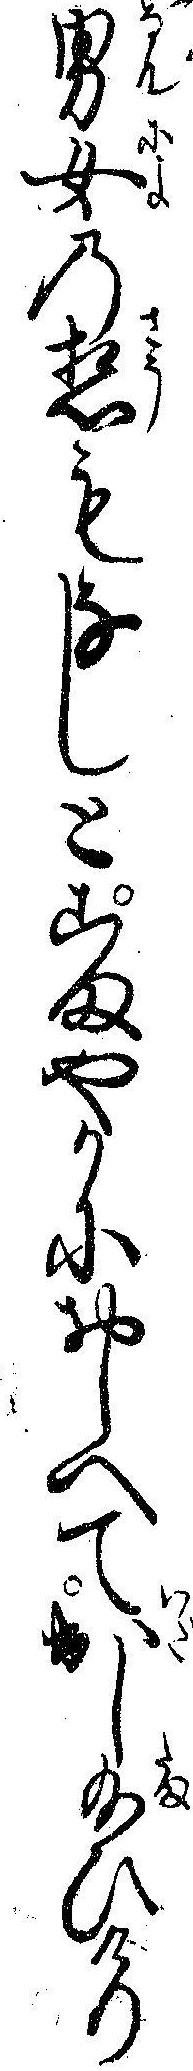
男女の想もなしとこまやかにおしへて出し給ひけり